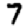
Digit: 7